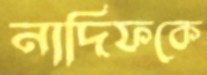
নাদিফকে